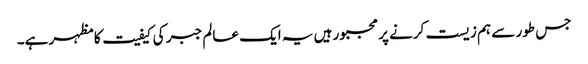
جس طور سے ہم زیست کرنے پر مجبور ہیں یہ ایک عالم جبر کی کیفیت کا مظہر ہے۔